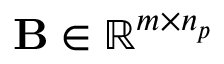
\mathbf { B } \in \mathbb { R } ^ { m \times n _ { p } }